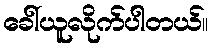
ခေါ်ယူလိုက်ပါတယ်။